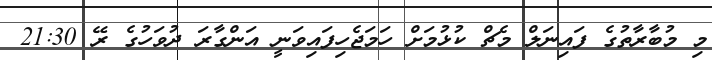
މި މުބާރާތުގެ ފައިނަލް މެޗް ކުޅުމަށް ހަމަޖެހިފައިވަނީ އަންގާރަ ދުވަހުގެ ރޭ 21:30